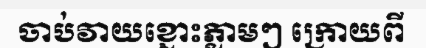
ចាប់វាយខ្នោះភ្លាមៗ ក្រោយពី